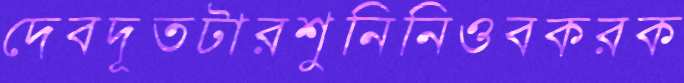
দেবদূতটারশুনিনিওবকরক